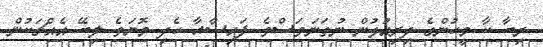
ރިބާ ކާ މީހުންގެ ދިރިއުޅުން ނުތަނަވަސްވެ ފައިސާއާ ހެދި މޮޔަވެ ލިބޭ އެއްޗަކުން